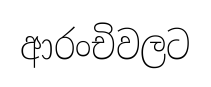
ආරංචිවලට